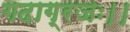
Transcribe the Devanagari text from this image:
गदाग्रजः।।